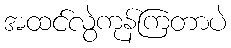
အထင်လွဲကုန်ကြတာပဲ